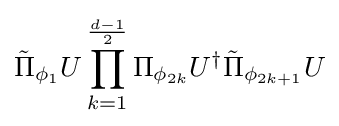
{\tilde {\Pi }}_{\phi _{1}}U\prod _{k=1}^{\frac {d-1}{2}}\Pi _{\phi _{2k}}U^{\dagger }{\tilde {\Pi }}_{\phi _{2k+1}}U